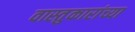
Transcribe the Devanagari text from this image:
वास्तुकारांच्या